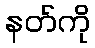
နတ်ကို